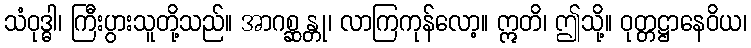
သံဝုဒ္ဓါ၊ ကြီးပွားသူတို့သည်။ အာဂစ္ဆန္တု၊ လာကြကုန်လော့။ ဣတိ၊ ဤသို့။ ဝုတ္တဋ္ဌာနေဝိယ၊